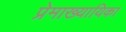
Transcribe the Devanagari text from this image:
प्रेमाख्यायिका